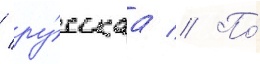
/ ру́сскаа // По́